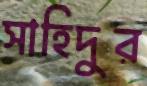
সাহিদুর